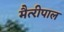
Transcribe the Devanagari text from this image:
मैत्‍रीपाल